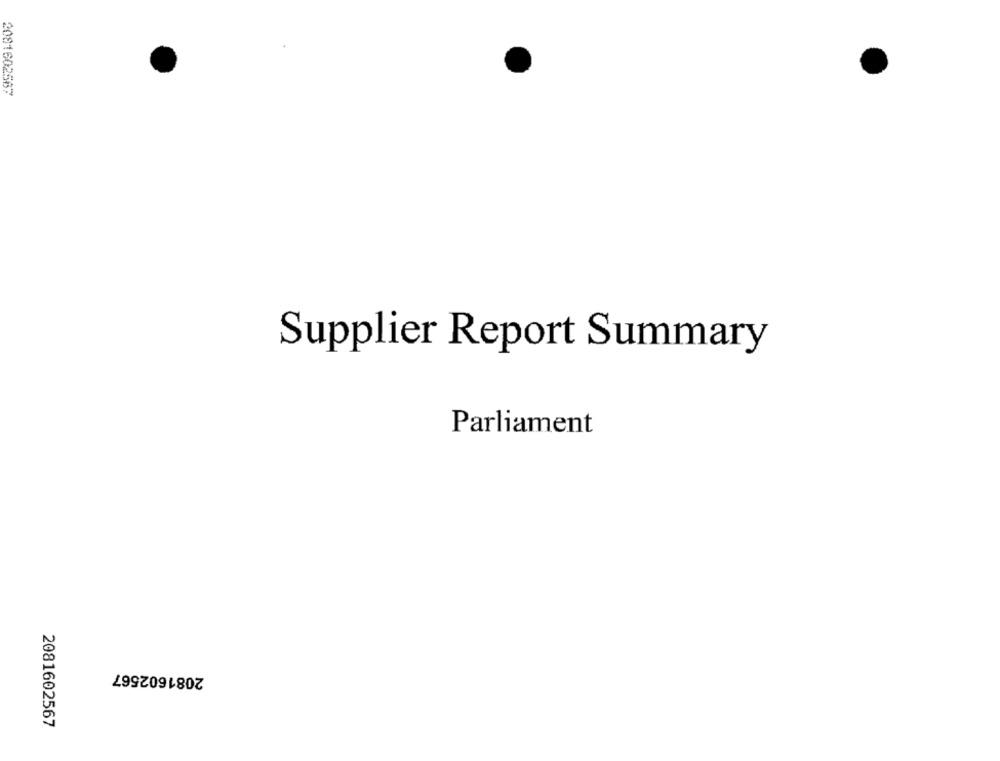
2081602567
Supplier Report Summary
Parliament
2081602567
2081602567